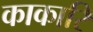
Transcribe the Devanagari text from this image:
काकारि